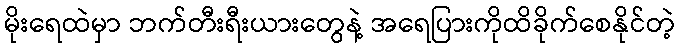
မိုးရေထဲမှာ ဘက်တီးရီးယားတွေနဲ့ အရေပြားကိုထိခိုက်စေနိုင်တဲ့